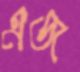
এজ